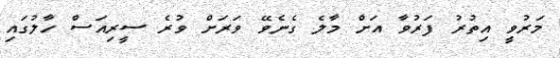
މަރުވީ އިތުރު ފަރުވާ އަށް މާލެ ގެނެވޭ ވަރަށް ވުރެ ސީރިއަސް ހާލުގައި